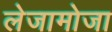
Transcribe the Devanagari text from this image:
लेजामोजा